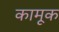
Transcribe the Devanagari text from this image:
कामूक